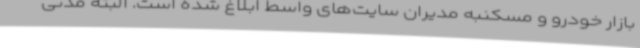
بازار خودرو و مسکنبه مدیران سایت‌های واسط ابلاغ شده است. البته مدتی